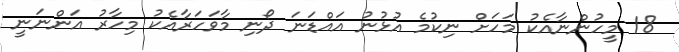
18 މީހުންނާއެކު މަހަށް ނިކުމެ އުޅުނު އައްޑަނަ ދޯނި މާވަހަރާއެކު މިހާރު އަންނަނީ